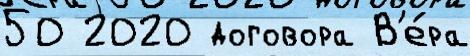
50 2020 договора В'е́ра